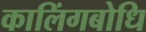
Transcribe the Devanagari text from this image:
कालिंगबोधि